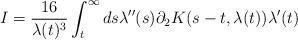
LaTeX: \begin{align*}&I=\frac{16}{\lambda(t)^{3}} \int_{t}^{\infty} ds \lambda''(s)\partial_{2}K(s-t,\lambda(t))\lambda'(t)\end{align*}